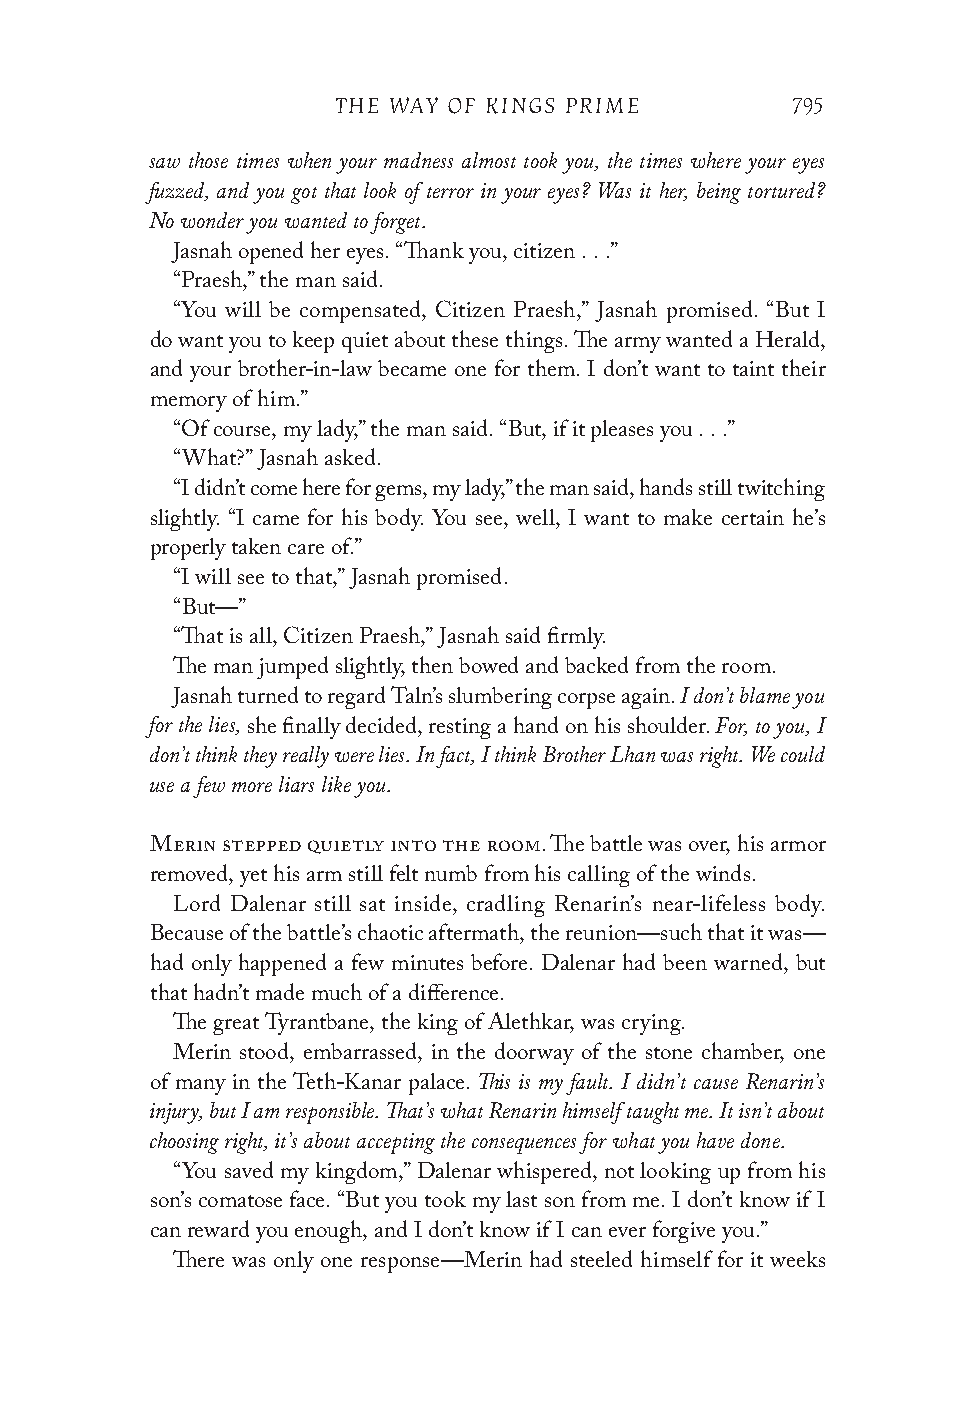
THE WAY OF KINGS PRIME        795
 saw those times when your madness almost took you, the times where your eyes
 fuzzed, and you got that look of terror in your eyes? Was it her, being tortured?
 No wonder you wanted to forget.
 Jasnah opened her eyes. “Thank you, citizen . . .”
 “Praesh,” the man said.
 “You will be compensated, Citizen Praesh,” Jasnah promised. “But I
 do want you to keep quiet about these things. The army wanted a Herald,
 and your brother-in-law became one for them. I don’t want to taint their
 memory of him.”
 “Of course, my lady,” the man said. “But, if it pleases you . . .”
 “What?” Jasnah asked.
 “I didn’t come here for gems, my lady,” the man said, hands still twitching
 slightly. “I came for his body. You see, well, I want to make certain he’s
 properly taken care of.”
 “I will see to that,” Jasnah promised.
 “But—”
 “That is all, Citizen Praesh,” Jasnah said firmly.
 The man jumped slightly, then bowed and backed from the room.
 I don’t blame you
 Jasnah turned to regard Taln’s slumbering corpse again.
 for the lies,                        For, to you, I
 she finally decided, resting a hand on his shoulder.
 don’t think they really were lies. In fact, I think Brother Lhan was right. We could
 use a few more liars like you.
 Merin stepped quietly into the room. The battle was over, his armor
 removed, yet his arm still felt numb from his calling of the winds.
 Lord Dalenar still sat inside, cradling Renarin’s near-lifeless body.
 Because of the battle’s chaotic aftermath, the reunion—such that it was—
 had only happened a few minutes before. Dalenar had been warned, but
 that hadn’t made much of a difference.
 The great Tyrantbane, the king of Alethkar, was crying.
 Merin stood, embarrassed, in the doorway of the stone chamber, one
 This is my fault. I didn’t cause Renarin’s
 of many in the Teth-Kanar palace.
 injury, but I am responsible. That’s what Renarin himself taught me. It isn’t about
 choosing right, it’s about accepting the consequences for what you have done.
 “You saved my kingdom,” Dalenar whispered, not looking up from his
 son’s comatose face. “But you took my last son from me. I don’t know if I
 can reward you enough, and I don’t know if I can ever forgive you.”
 There was only one response—Merin had steeled himself for it weeks